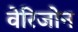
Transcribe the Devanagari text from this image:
वेरिजोन